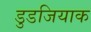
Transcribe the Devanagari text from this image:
डुडजियाक